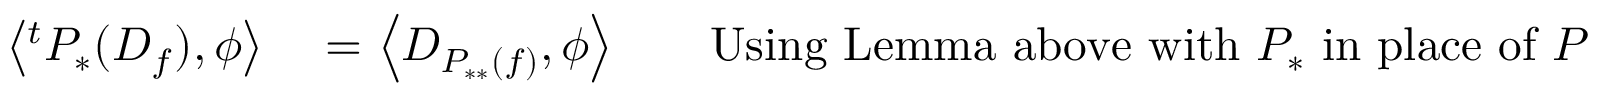
\begin{array} { r l r l } { \left\langle { } ^ { t } P _ { * } ( D _ { f } ) , \phi \right\rangle } & { { } = \left\langle D _ { P _ { * * } ( f ) } , \phi \right\rangle } & { } & { { } { \mathrm { U s i n g ~ L e m m a ~ a b o v e ~ w i t h ~ } } P _ { * } { \mathrm { ~ i n ~ p l a c e ~ o f ~ } } P } \end{array}